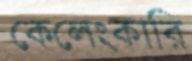
কেলেংকারি